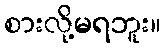
စားလို့မရဘူး။